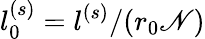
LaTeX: l_{0}^{(s)}=l^{(s)}/(r_{0}\mathscr{N})